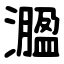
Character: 㵬